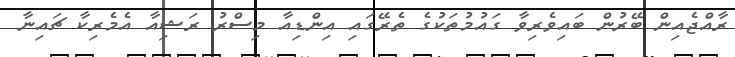
ރާއްޖެއިން ބޭރުން ބައިވެރިވާ ގައުމުތަކުގެ ތެރޭގައި އިންޑިއާ މިސްރު ރަޝިއާ އެމެރިކާ ޗައިނާ